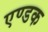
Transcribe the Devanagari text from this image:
एण्डक